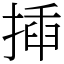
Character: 揷